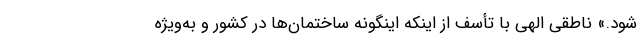
شود.» ناطقی الهی با تأسف از اینکه اینگونه ساختمان‌ها در کشور و به‌ویژه